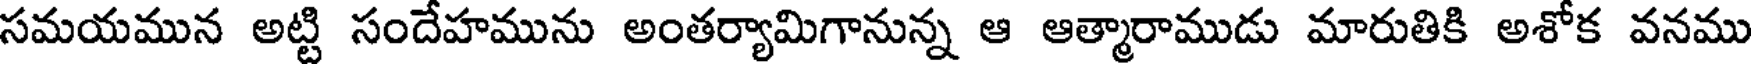
సమయమున అట్టి సందేహమును అంతర్యామిగానున్న ఆ ఆత్మారాముడు మారుతికి అశోక వనము